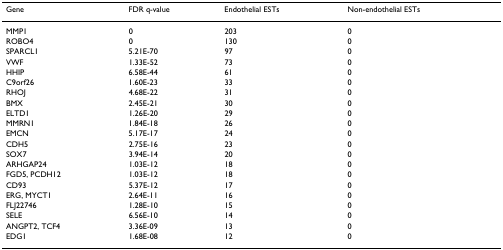
<table><thead><tr><td><b>Gene</b></td><td><b>FDR q-value</b></td><td><b>Endothelial ESTs</b></td><td><b>Non-endothelial ESTs</b></td></tr></thead><tbody><tr><td>MMP1</td><td>0</td><td>203</td><td>0</td></tr><tr><td>ROBO4</td><td>0</td><td>130</td><td>0</td></tr><tr><td>SPARCL1</td><td>5.21E-70</td><td>97</td><td>0</td></tr><tr><td>VWF</td><td>1.33E-52</td><td>73</td><td>0</td></tr><tr><td>HHIP</td><td>6.58E-44</td><td>61</td><td>0</td></tr><tr><td>C9orf26</td><td>1.60E-23</td><td>33</td><td>0</td></tr><tr><td>RHOJ</td><td>4.68E-22</td><td>31</td><td>0</td></tr><tr><td>BMX</td><td>2.45E-21</td><td>30</td><td>0</td></tr><tr><td>ELTD1</td><td>1.26E-20</td><td>29</td><td>0</td></tr><tr><td>MMRN1</td><td>1.84E-18</td><td>26</td><td>0</td></tr><tr><td>EMCN</td><td>5.17E-17</td><td>24</td><td>0</td></tr><tr><td>CDH5</td><td>2.75E-16</td><td>23</td><td>0</td></tr><tr><td>SOX7</td><td>3.94E-14</td><td>20</td><td>0</td></tr><tr><td>ARHGAP24</td><td>1.03E-12</td><td>18</td><td>0</td></tr><tr><td>FGD5, PCDH12</td><td>1.03E-12</td><td>18</td><td>0</td></tr><tr><td>CD93</td><td>5.37E-12</td><td>17</td><td>0</td></tr><tr><td>ERG, MYCT1</td><td>2.64E-11</td><td>16</td><td>0</td></tr><tr><td>FLJ22746</td><td>1.28E-10</td><td>15</td><td>0</td></tr><tr><td>SELE</td><td>6.56E-10</td><td>14</td><td>0</td></tr><tr><td>ANGPT2, TCF4</td><td>3.36E-09</td><td>13</td><td>0</td></tr><tr><td>EDG1</td><td>1.68E-08</td><td>12</td><td>0</td></tr></tbody></table>